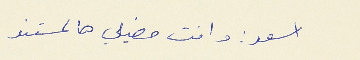
اسعد : وانت مضيلي هالمستند